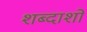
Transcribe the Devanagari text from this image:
शब्दाशों